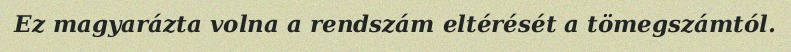
Ez magyarázta volna a rendszám eltérését a tömegszámtól.